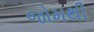
જોમથી